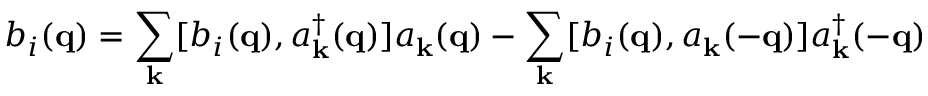
b _ { i } ( { \bf { q } } ) = \sum _ { { \bf { k } } } [ b _ { i } ( { \bf { q } } ) , a _ { { \bf { k } } } ^ { \dagger } ( { \bf { q } } ) ] a _ { { \bf { k } } } ( { \bf { q } } ) - \sum _ { { \bf { k } } } [ b _ { i } ( { \bf { q } } ) , a _ { { \bf { k } } } ( - { \bf { q } } ) ] a _ { { \bf { k } } } ^ { \dagger } ( - { \bf { q } } )